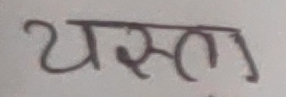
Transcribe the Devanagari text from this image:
यस्मता